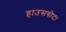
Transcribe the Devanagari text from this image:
हाउसबोट।